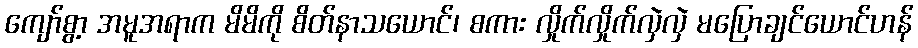
ကျော်စွာ့ အမူအရာက မိမိကို စိတ်နာသယောင်၊ စကား လှိုက်လှိုက်လှဲလှဲ မပြောချင်ယောင်ဟန်